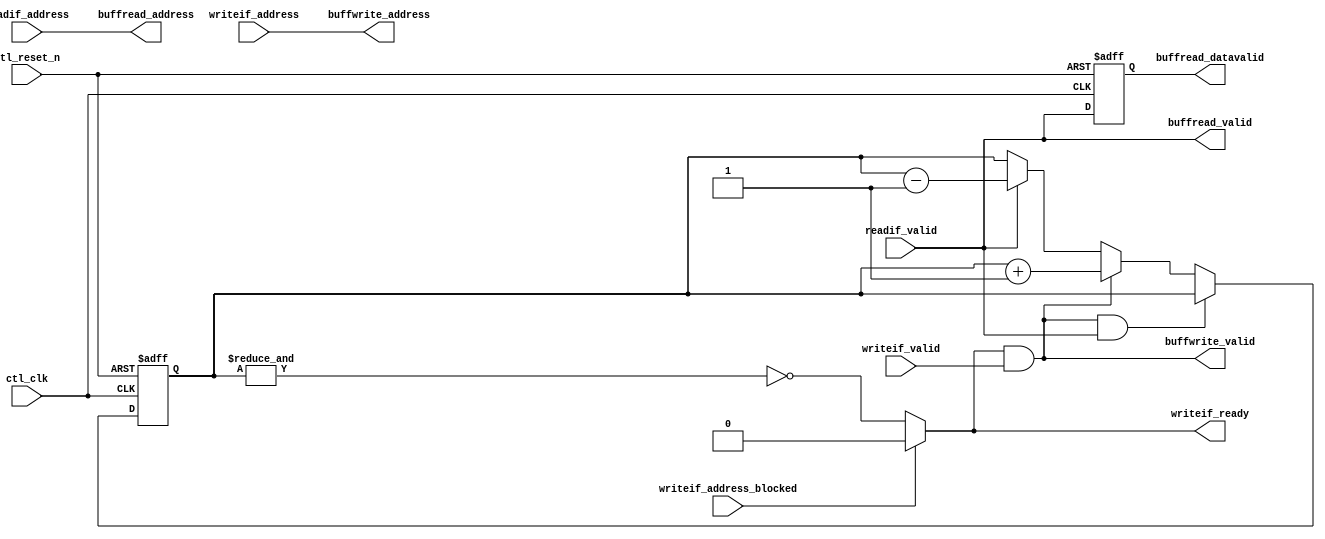
// (C) 2001-2013 Altera Corporation. All rights reserved.
// Your use of Altera Corporation's design tools, logic functions and other 
// software and tools, and its AMPP partner logic functions, and any output 
// files any of the foregoing (including device programming or simulation 
// files), and any associated documentation or information are expressly subject 
// to the terms and conditions of the Altera Program License Subscription 
// Agreement, Altera MegaCore Function License Agreement, or other applicable 
// license agreement, including, without limitation, that your use is for the 
// sole purpose of programming logic devices manufactured by Altera and sold by 
// Altera or its authorized distributors.  Please refer to the applicable 
// agreement for further details.



`timescale 1 ps / 1 ps

module alt_mem_ddrx_buffer_manager
# (
    parameter
        CFG_BUFFER_ADDR_WIDTH         =   6
)
(
    // port list
    ctl_clk,
    ctl_reset_n,

    // write interface
    writeif_ready,
    writeif_valid,
    writeif_address,
    writeif_address_blocked,

    // buffer write interface
    buffwrite_valid,
    buffwrite_address,

    // read interface
    readif_valid,
    readif_address,

    // buffer read interface
    buffread_valid,
    buffread_datavalid,
    buffread_address

);

    // -----------------------------
    // local parameter declarations
    // -----------------------------

    localparam CTL_BUFFER_DEPTH             =   two_pow_N(CFG_BUFFER_ADDR_WIDTH);

    // -----------------------------
    // port declaration
    // -----------------------------

    input                                           ctl_clk;
    input                                           ctl_reset_n;

    // write interface
    output                                          writeif_ready;
    input                                           writeif_valid;
    input  [CFG_BUFFER_ADDR_WIDTH-1:0]              writeif_address;
    input                                           writeif_address_blocked;

    // buffer write interface
    output                                          buffwrite_valid;
    output  [CFG_BUFFER_ADDR_WIDTH-1:0]             buffwrite_address;

    // read data interface
    input                                           readif_valid;
    input   [CFG_BUFFER_ADDR_WIDTH-1:0]             readif_address;

    // buffer read interface
    output                                          buffread_valid;
    output                                          buffread_datavalid;
    output  [CFG_BUFFER_ADDR_WIDTH-1:0]             buffread_address;

    // -----------------------------
    // port type declaration
    // -----------------------------

    wire                                            ctl_clk;
    wire                                            ctl_reset_n;
                                                                             
    // write interface                                                       
    reg                                             writeif_ready;
    wire                                            writeif_valid;
    wire     [CFG_BUFFER_ADDR_WIDTH-1:0]            writeif_address;
                                                                             
    wire                                            writeif_address_blocked;
                                                                             
    // buffer write interface                                                
    wire                                            buffwrite_valid;
    wire     [CFG_BUFFER_ADDR_WIDTH-1:0]            buffwrite_address;
                                                                             
    // read data interface                                                   
    wire                                            readif_valid;
    wire    [CFG_BUFFER_ADDR_WIDTH-1:0]             readif_address;
                                                                             
    // buffer read interface                                                 
    wire                                            buffread_valid;
    reg                                             buffread_datavalid;
    wire    [CFG_BUFFER_ADDR_WIDTH-1:0]             buffread_address;

    // -----------------------------
    // signal declaration
    // -----------------------------

    wire                                            writeif_accepted;
    reg     [CTL_BUFFER_DEPTH-1:0]                  mux_writeif_ready;
    reg     [CTL_BUFFER_DEPTH-1:0]                  buffer_valid_array;    
    reg     [CFG_BUFFER_ADDR_WIDTH-1:0]             buffer_valid_counter;
                                                                                       
    reg                                             err_buffer_valid_counter_overflow;

    // -----------------------------
    // module definition
    // -----------------------------

    assign  writeif_accepted    = writeif_ready & writeif_valid;

    assign  buffwrite_address   = writeif_address;
    assign  buffwrite_valid     = writeif_accepted;

    assign  buffread_address    = readif_address;
    assign  buffread_valid      = readif_valid;

    always @ (*) 
    begin

        if (writeif_address_blocked)
        begin
            // can't write ahead of lowest address currently tracked by dataid array
            writeif_ready = 1'b0;
        end
        else 
        begin
            // buffer is full when every location has been written
            writeif_ready = ~&buffer_valid_counter;
        end

    end


    // generate buffread_datavalid. 
    // data is valid one cycle after adddress is presented to the buffer
    always @ (posedge ctl_clk or negedge ctl_reset_n) 
    begin
        if (~ctl_reset_n)
        begin
            buffread_datavalid <= 0;
        end
        else
        begin
            buffread_datavalid <= buffread_valid;
        end
    end


    // genvar i;
    // generate
    //     for (i = 0; i < CTL_BUFFER_DEPTH; i = i + 1) 
    //     begin : gen_mux_buffer_valid_array_signals

    //         wire    [CFG_BUFFER_ADDR_WIDTH-1:0] gen_buffer_address = i;

    //         always @ (posedge ctl_clk or negedge ctl_reset_n) 
    //         begin
    //             if (~ctl_reset_n)
    //             begin
    //                 //reset state ...
    //                 buffer_valid_array [i] <= 0;
    //             end
    //             else
    //             begin
    //                 //active state ...

    //                 // write & read to same location won't happen on same time

    //                 // write
    //                 if ( (writeif_address == gen_buffer_address) & writeif_accepted)
    //                 begin
    //                     buffer_valid_array[i] <= 1;
    //                 end

    //                 // read
    //                 if ( (readif_address== gen_buffer_address) & readif_valid)
    //                 begin
    //                     buffer_valid_array[i] <= 0;
    //                 end

    //             end
    //         end

    //         always @ (*) 
    //         begin
    //             // mano - fmax !    
    //             if ( (writeif_address == gen_buffer_address) & buffer_valid_array[i] )
    //             begin
    //                 mux_writeif_ready[i]  = 0;
    //             end
    //             else
    //             begin
    //                 mux_writeif_ready[i]  = 1;
    //             end
    //         end

    //     end
    // endgenerate

    always @ (posedge ctl_clk or negedge ctl_reset_n) 
    begin
        if (~ctl_reset_n)
        begin
            buffer_valid_counter <= 0;
            err_buffer_valid_counter_overflow <= 0;
        end
        else
        begin

            if (writeif_accepted & readif_valid)
            begin
                // write & read at same time
                buffer_valid_counter <= buffer_valid_counter;
            end
            else if (writeif_accepted)
            begin
                // write only
                {err_buffer_valid_counter_overflow, buffer_valid_counter} <= buffer_valid_counter + 1;
            end
            else if (readif_valid)
            begin
                // read only
                buffer_valid_counter <= buffer_valid_counter - 1;
            end
            else
            begin
                buffer_valid_counter <= buffer_valid_counter;
            end


        end
    end



    function integer two_pow_N;
        input integer value;
    begin
        two_pow_N = 2 << (value-1);
    end
    endfunction



endmodule

//
// assert
//
// - write & read to same location happen on same time